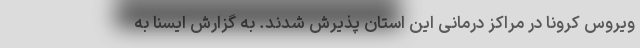
ویروس کرونا در مراکز درمانی این استان پذیرش شدند. به گزارش ایسنا به